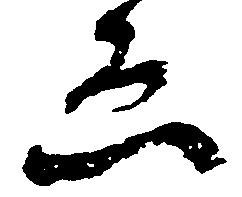
ゑ